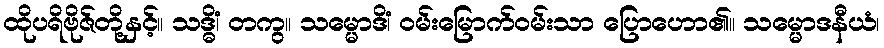
ထိုပရိဗိုဇ်တို့နှင့်။ သဒ္ဓိံ၊ တကွ။ သမ္မောဒိံ၊ ဝမ်းမြောက်ဝမ်းသာ ပြောဟော၏။ သမ္မောဒနီယံ၊